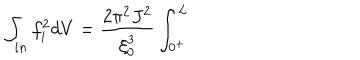
\int _ { i n } f _ { i } ^ { 2 } d V = \frac { 2 \pi ^ { 2 } J ^ { 2 } } { \xi _ { 0 } ^ { 3 } } \int _ { 0 ^ { + } } ^ { L }